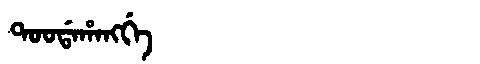
Manchu: ᡨᠣᠣᡩᠠᡥᠠᠩᡤᡝ
Romanization: TOODAHANGGE